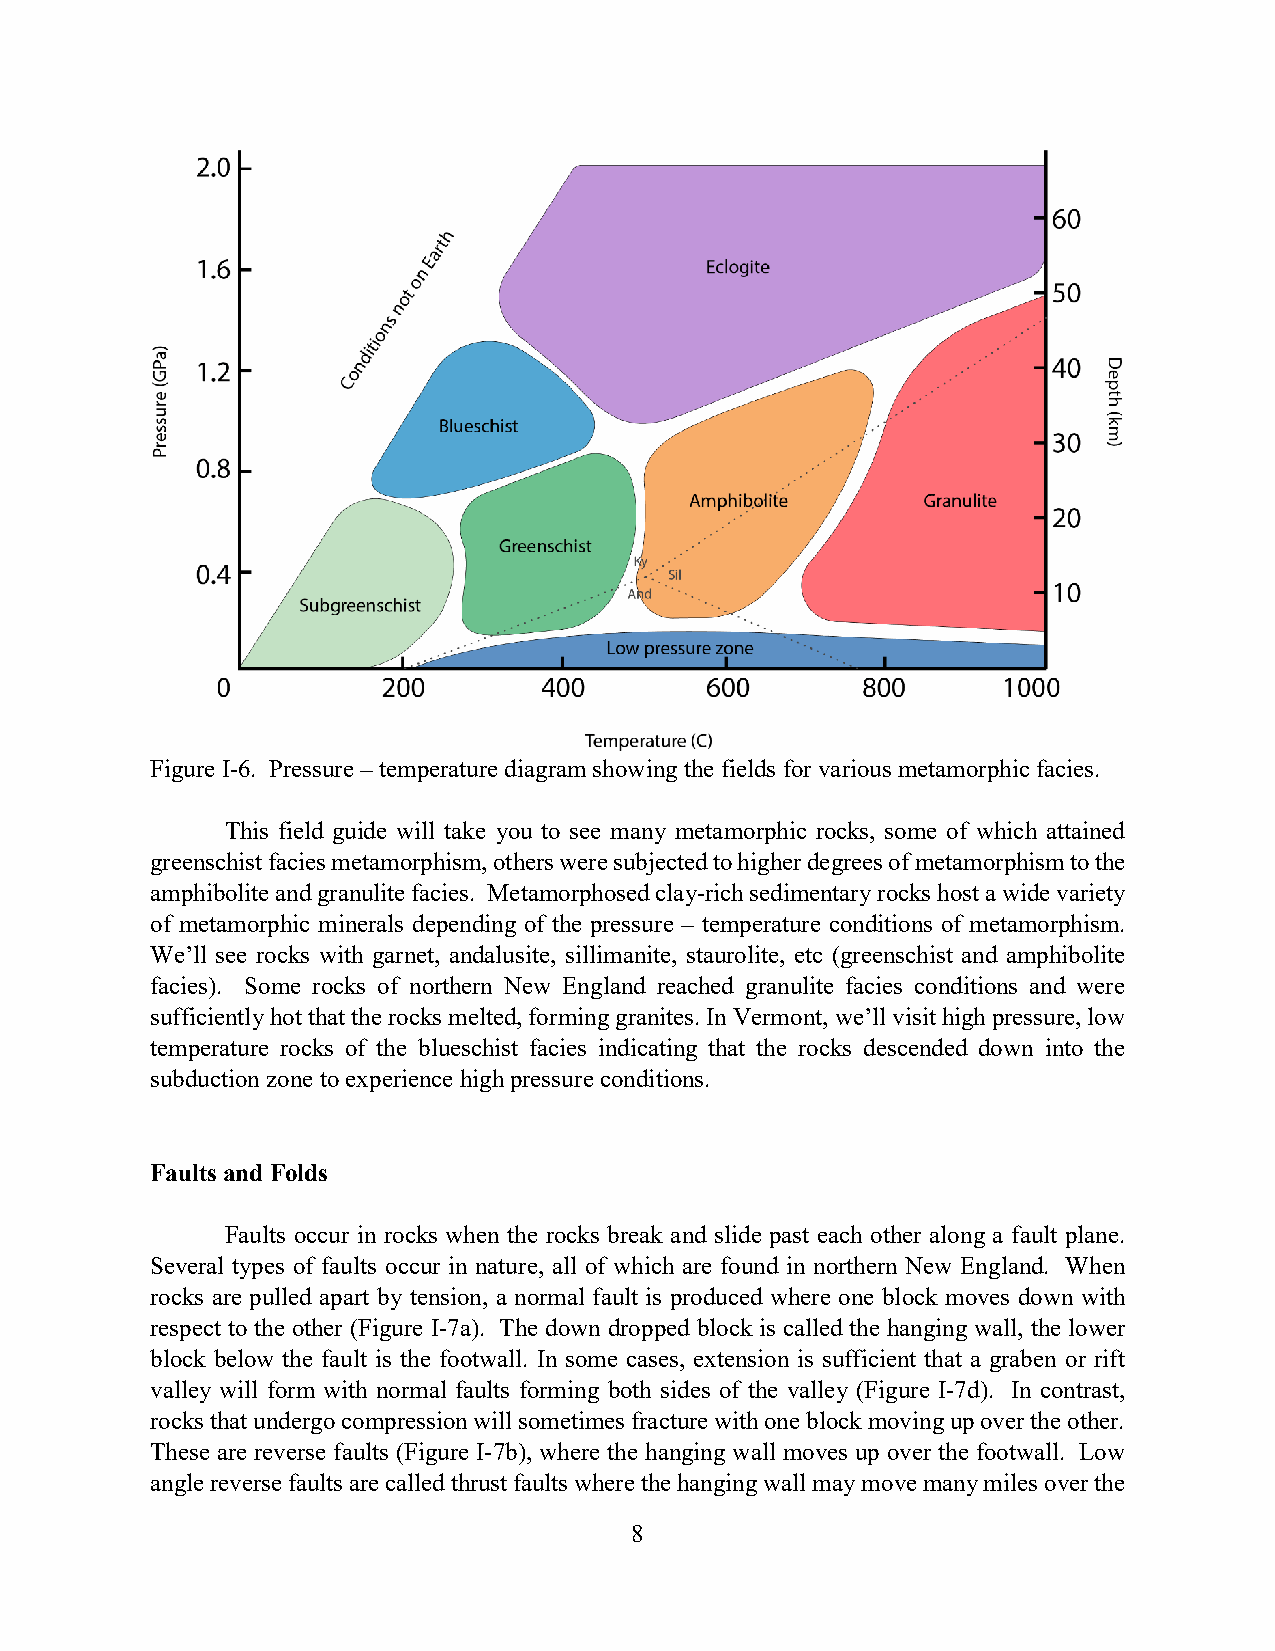
Figure I-6. Pressure – temperature diagram showing the fields for various metamorphic facies.
 This field guide will take you to see many metamorphic rocks, some of which attained
 greenschist facies metamorphism, others were subjected to higher degrees of metamorphism to the
 amphibolite and granulite facies. Metamorphosed clay-rich sedimentary rocks host a wide variety
 of metamorphic minerals depending of the pressure – temperature conditions of metamorphism.
 We’ll see rocks with garnet, andalusite, sillimanite, staurolite, etc (greenschist and amphibolite
 facies). Some rocks of northern New England reached granulite facies conditions and were
 sufficiently hot that the rocks melted, forming granites. In Vermont, we’ll visit high pressure, low
 temperature rocks of the blueschist facies indicating that the rocks descended down into the
 subduction zone to experience high pressure conditions.
 Faults and Folds
 Faults occur in rocks when the rocks break and slide past each other along a fault plane.
 Several types of faults occur in nature, all of which are found in northern New England. When
 rocks are pulled apart by tension, a normal fault is produced where one block moves down with
 respect to the other (Figure I-7a). The down dropped block is called the hanging wall, the lower
 block below the fault is the footwall. In some cases, extension is sufficient that a graben or rift
 valley will form with normal faults forming both sides of the valley (Figure I-7d). In contrast,
 rocks that undergo compression will sometimes fracture with one block moving up over the other.
 These are reverse faults (Figure I-7b), where the hanging wall moves up over the footwall. Low
 angle reverse faults are called thrust faults where the hanging wall may move many miles over the
 8